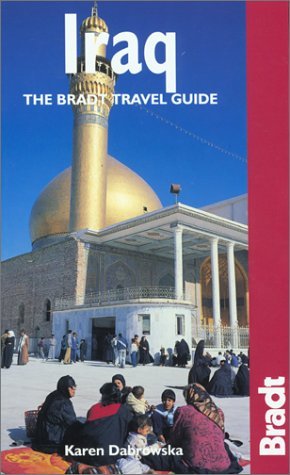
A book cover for By Felicity Arbuthnot Iraq: The Bradt Travel Guide (1st First Edition) [Paperback]; Travel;